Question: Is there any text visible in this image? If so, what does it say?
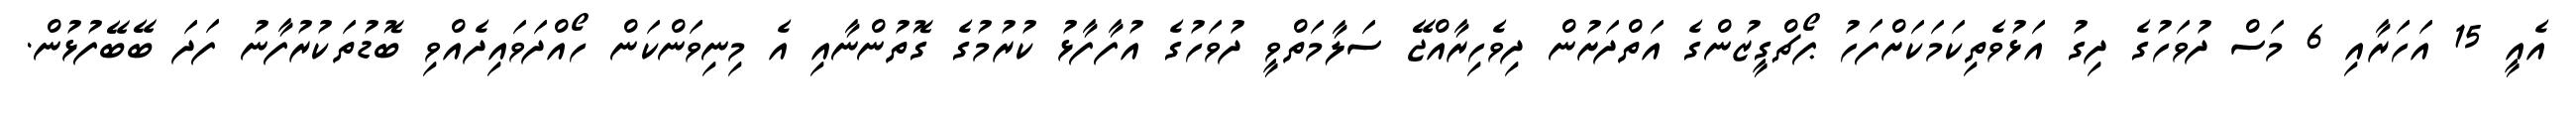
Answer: އެއީ 15 އަހަރާއި 6 މަސް ދުވަހުގެ ދިގު އަޅުވެތިކަމަކަށްފަހު ޕޯޗްގީޒުންގެ އަތްދަށުން ދިވެހިރާއްޖޭ ސަލާމަތްވީ ދުވަހުގެ އުފާފާޅު ކުރުމުގެ ގޮތުންނާއި އެ މިނިވަންކަން ހޯއްދަވައިދެއްވި ބޮޑުތަކުރުފާނު ފަދަ ބޭބޭފުޅުން.